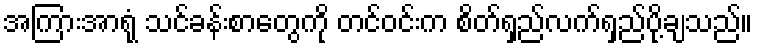
အကြားအာရုံ သင်ခန်းစာတွေကို တင်ဝင်းက စိတ်ရှည်လက်ရှည်ပို့ချသည်။